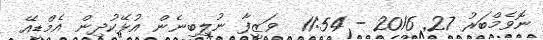
ނޮވެމްބަރު 27